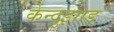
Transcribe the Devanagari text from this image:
केन्दुझाड़